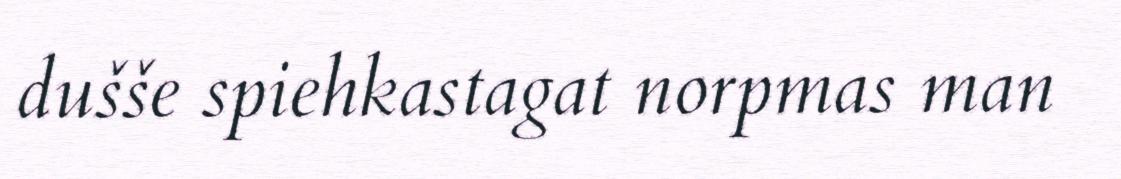
dušše spiehkastagat norpmas man